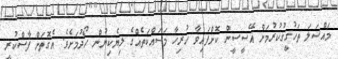
މައްސަލަ ތަހުގީގުކުރުމަށް އޭސީސީން ކޮށްފައިވާ ހުރިހާ މަސައްކަތެއްގެ ލިޔެކިޔުން ހޯދުމަށެވެ. އެގޮތަށް ފާސްކުރީ